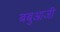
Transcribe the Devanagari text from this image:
बबुआजी